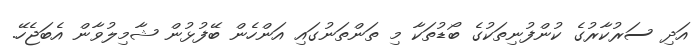
އަދި ސަރުކާރުގެ ކުންފުނިތަކުގެ ބޯޑުތަކާ މި ތަންތަނުގައި އަންހެން ބޭފުޅުން ޝާމިލުވާން އެބަޖެހޭ.